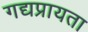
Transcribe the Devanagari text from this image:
गद्यप्रायता